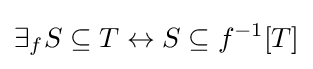
\exists _{f}S\subseteq T\leftrightarrow S\subseteq f^{-1}[T]